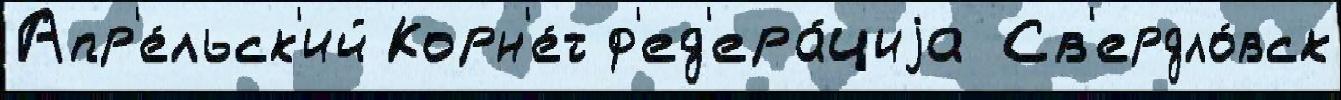
Апр'е́льск'ий Корн'е́т ф'ед'ера́циjа Св'ердло́вск